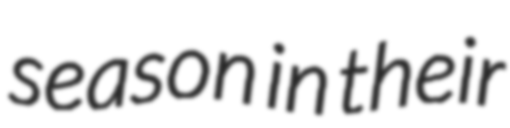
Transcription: season in their